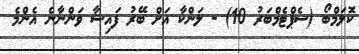
ކޮަލަމްބޯ (ސެޕްޓެމްބަރު 10) - ލަންކާ އަށް ބޭރު ފައިސާ ވަންނާނެ އެންމެ